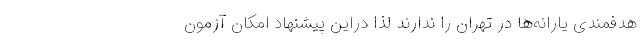
هدفمندی یارانه‌ها در تهران را ندارند لذا دراین پیشنهاد امکان آزمون